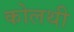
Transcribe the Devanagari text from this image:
कोलथी